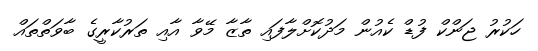
ހަކުރު ޖަންކް ފުޑް ކެއުން މަދުކޮށްލާފައި ތާޒާ މޭވާ އާއި ތަރުކާރީގެ ބާވަތްތައް